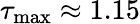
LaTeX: \tau_{\operatorname*{max}}\approx 1.15